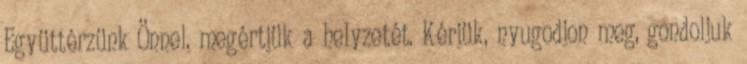
Együttérzünk Önnel, megértjük a helyzetét. Kérjük, nyugodjon meg, gondoljuk